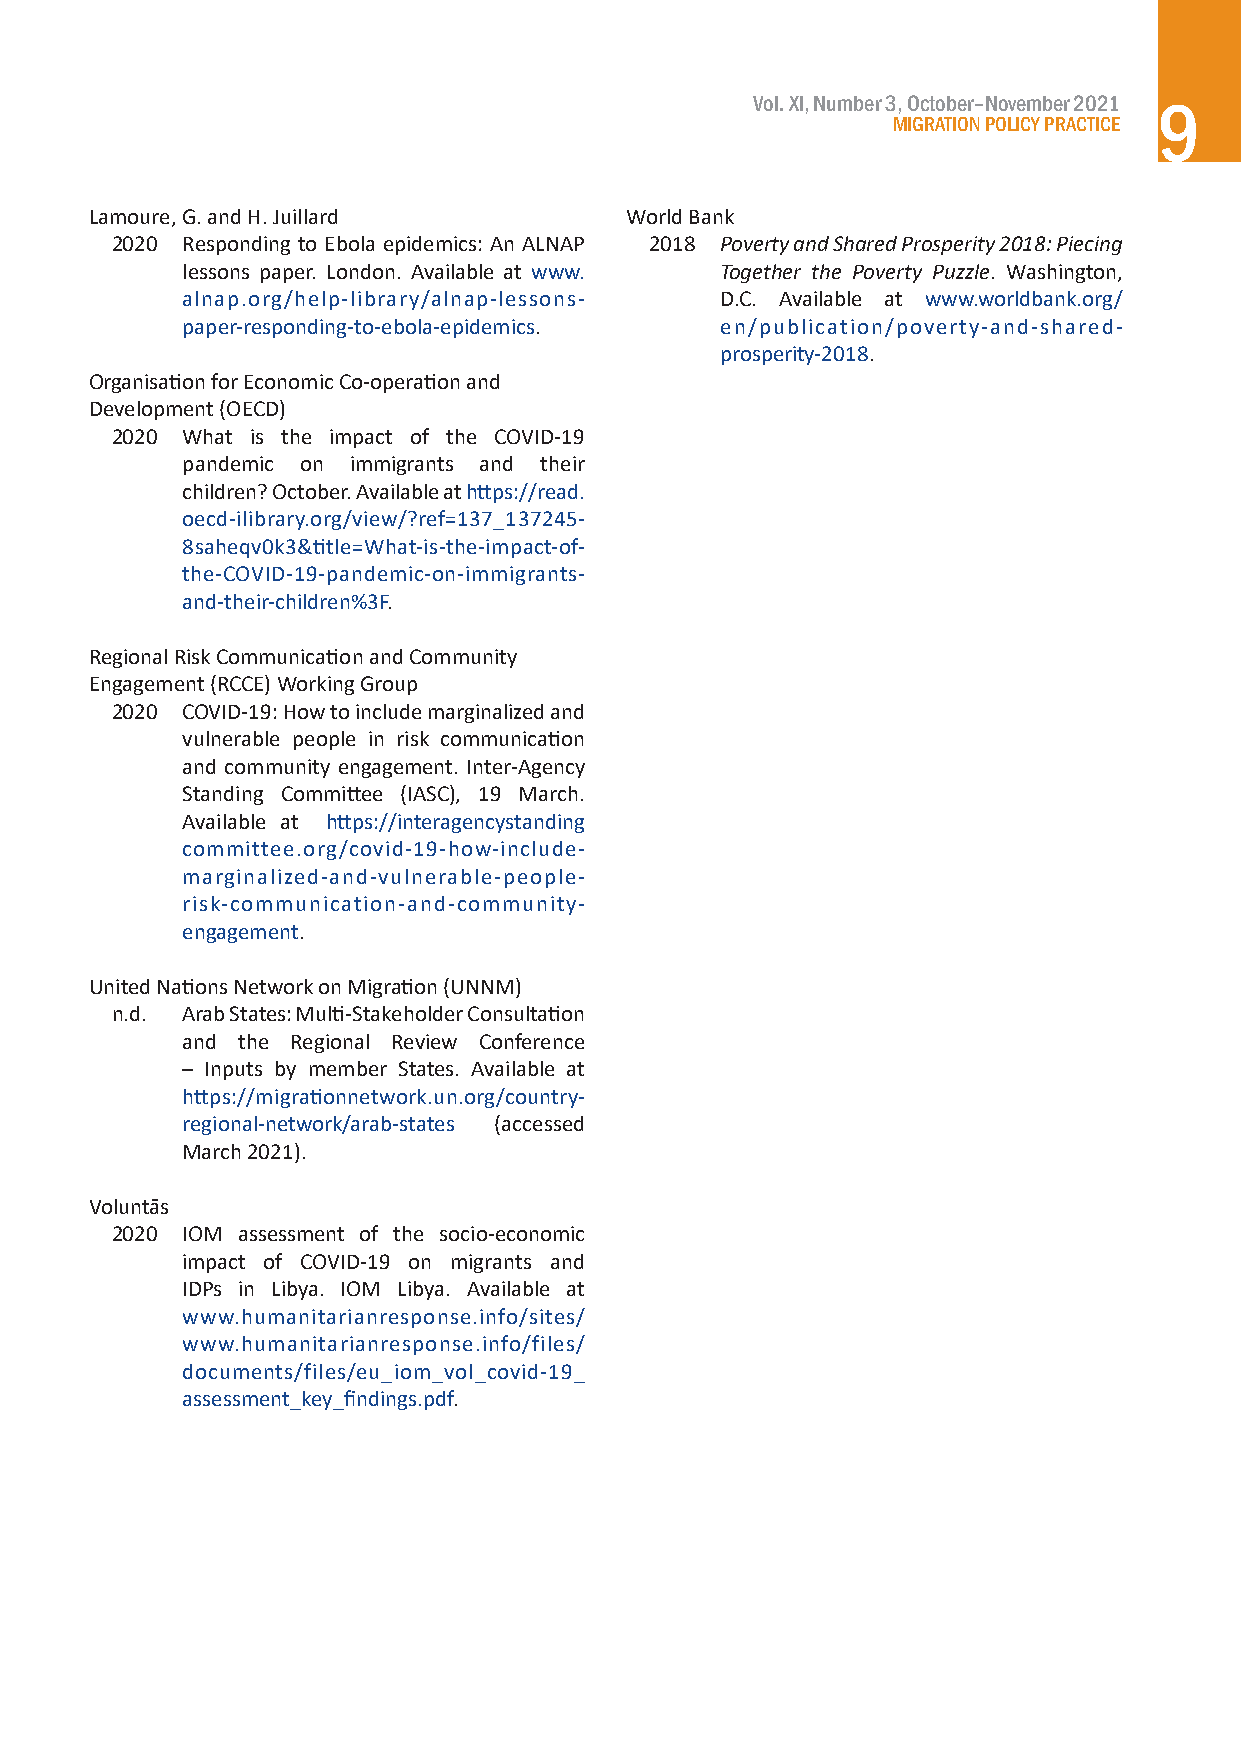
Vol. XI, Number 3, October–November 2021
 9
 MIGRATION POLICY PRACTICE
 Lamoure, G. and H. Juillard        World Bank
 2020 Responding to Ebola epidemics: An ALNAP 2018 Poverty and Shared Prosperity 2018: Piecing
 lessons paper. London. Available at www. Together the Poverty Puzzle. Washington,
 alnap.org/help-library/alnap-lessons- D.C. Available at www.worldbank.org/
 paper-responding-to-ebola-epidemics. en/publication/poverty-and-shared-
 prosperity-2018.
 Organisation for Economic Co-operation and
 Development (OECD)
 2020 What is the impact of the COVID-19
 pandemic on immigrants and their
 children? October. Available at https://read.
 oecd-ilibrary.org/view/?ref=137_137245-
 8saheqv0k3&title=What-is-the-impact-of-
 the-COVID-19-pandemic-on-immigrants-
 and-their-children%3F.
 Regional Risk Communication and Community
 Engagement (RCCE) Working Group
 2020 COVID-19: How to include marginalized and
 vulnerable people in risk communication
 and community engagement. Inter-Agency
 Standing Committee (IASC), 19 March.
 Available at https://interagencystanding
 committee.org/covid-19-how-include-
 marginalized-and-vulnerable-people-
 risk-communication-and-community-
 engagement.
 United Nations Network on Migration (UNNM)
 n.d. Arab States: Multi-Stakeholder Consultation
 and the Regional Review Conference
 – Inputs by member States. Available at
 https://migrationnetwork.un.org/country-
 regional-network/arab-states (accessed
 March 2021).
 Voluntās
 2020 IOM assessment of the socio-economic
 impact of COVID-19 on migrants and
 IDPs in Libya. IOM Libya. Available at
 www.humanitarianresponse.info/sites/
 www.humanitarianresponse.info/files/
 documents/files/eu_iom_vol_covid-19_
 assessment_key_findings.pdf.